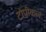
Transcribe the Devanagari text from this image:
टोपीकल